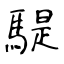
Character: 騠